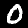
Label: 0